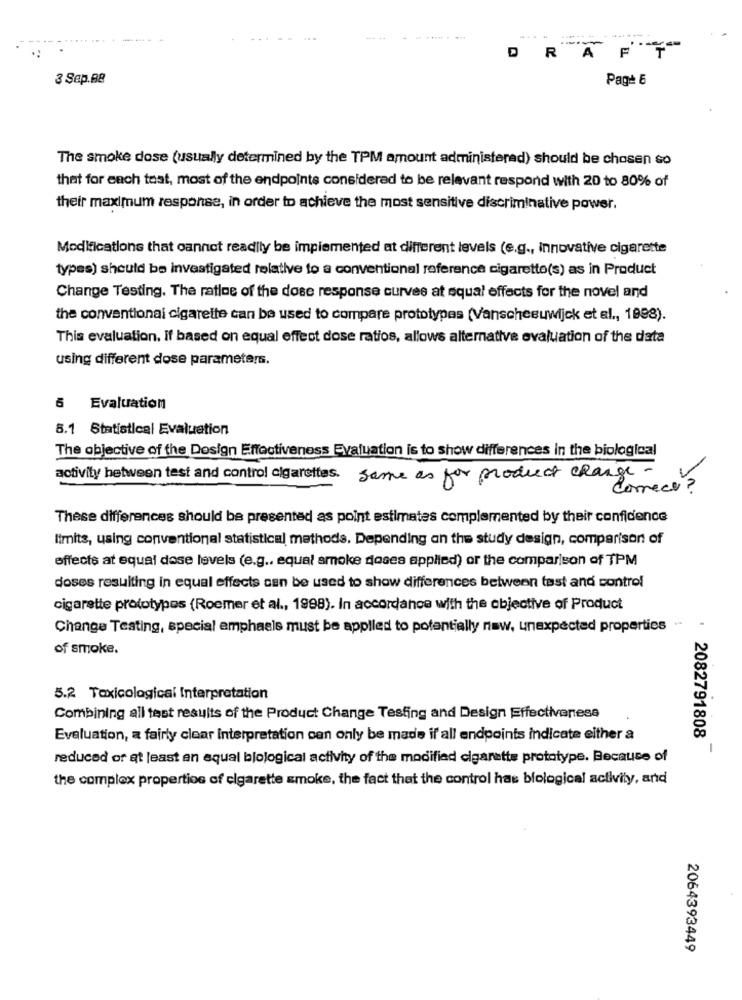
..............
DRAF
3 Sep.88
Page 6
The smoke dose (usually determined by the TPM amount administered) should be chosen so
that for each tost, most of the endpoints considered to be relevant respond with 20 to 80% of
their maximum response, in order to achieve the most sensitive discriminative power.
Modifications that cannot readily be implemented at different levels (e.g ., innovative cigarette
types) should be investigated relative to a conventional reference cigarette(s) as in Product
Change Testing. The ratioe of the dose response curves at squal effects for the novel and
the conventional cigarette can be used to compare prototypes (Vanscheeuwijck et al ., 1998).
This evaluation. If based on equal effect dose ratios, allows alternative evaluation of the data
using different dose parameters.
6 Evaluation
5.1 Statistical Evaluation
The objective of the Design Effectiveness Evaluation is to show differences in the biological
activity between test and control cigarettes.
same as for product change -
comece
These differences should be presented as point estimates complemented by their confidence
limits, using conventional statistical methods. Depending on the study design, comparison of
effects at equal dase levels (e.g .. equal smoke doses applied) or the comparison of TPM
doses resulting in equal effects can be used to show differences between test and control
cigarette prototypes (Roemer et al ., 1998). In accordance with the objective of Product
Change Testing, special emphasis must be applied to potentially now, unexpected properties .
of smoke.
5.2 Toxicological Interpretation
Combining all test results of the Product Change Testing and Design Effectiveness
2082791808
Evaluation, a fairly clear Interpretation can only be made if all endpoints indicate either a
-
reduced of at least an equal bjological activity of the modified cigarette prototype. Because of
the complex properties of cigarette smoke, the fact that the control has biological activity, and
2064393449